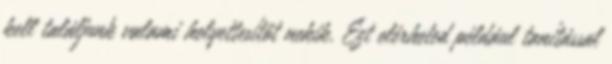
kell találjunk valami helyettesítőt nekik. Ezt elérheted például tanítással